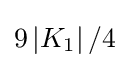
9\left\vert K_{1}\right\vert /4